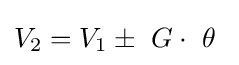
V_{2}=V_{1}\pm \ G\cdot \ \theta \